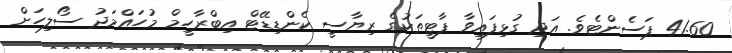
41.60 ޕަސެންޓެވެ. އަދި ގުޅިފައިވާ ޕާޓީތަކުގެ ރިޔާސީ ކެންޑިޑޭޓް އިބްރާހީމް މުހައްމަދު ސޯލިހަށް